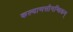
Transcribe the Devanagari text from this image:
कल्याणसौगन्धिकम्